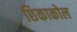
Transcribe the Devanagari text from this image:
छिकाकोल